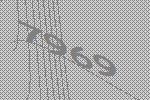
7969